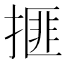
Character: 𰔒